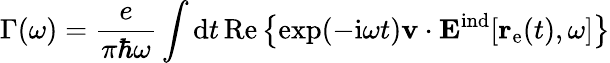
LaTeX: \Gamma(\omega)=\frac{e}{\pi\hbar\omega}\int\mathrm{d}t\, \mathrm{Re}\left\{ \exp(-\mathrm{i}\omega t)\mathbf{v}\cdot\mathbf{E}^{\mathrm{ind}}[\mathbf{r}_{\mathrm{e}}(t),\omega]\right\}